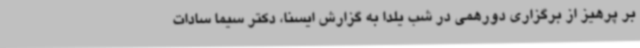
بر پرهیز از برگزاری دورهمی در شب یلدا به گزارش ایسنا، دکتر سیما سادات